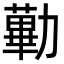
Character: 𠢽